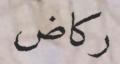
ركاض